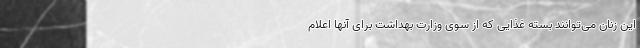
این زنان می‌توانند بسته غذایی که از سوی وزارت بهداشت برای آنها اعلام